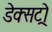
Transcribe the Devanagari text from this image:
डेक्सट्रो